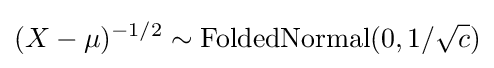
(X-\mu )^{-1/2}\sim \operatorname {FoldedNormal} (0,1/{\sqrt {c}})